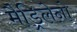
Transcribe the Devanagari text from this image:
मैड्रिलेनो